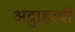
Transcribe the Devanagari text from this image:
अट्ठाहरवीं